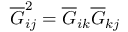
\overline { { G } } _ { i j } ^ { 2 } = \overline { { G } } _ { i k } \overline { { G } } _ { k j }